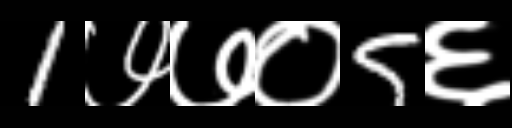
Text: 1७७०5६